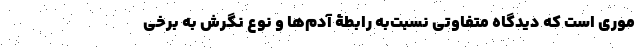
موری است که دیدگاه متفاوتی نسبت‌به رابطۀ آدم‌ها و نوع نگرش به برخی